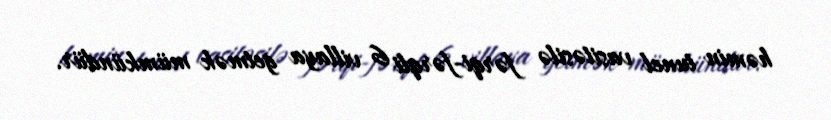
həmin tunel vasitəsilə fərqi-fərqli 6 villaya getmək mümkündür.